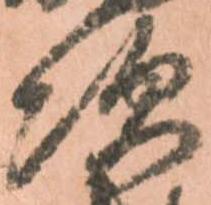
次